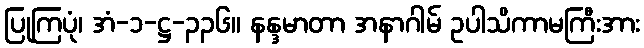
ပြုကြပုံ၊ အံ-၁-ဋ္ဌ-၃၃၆။ နန္ဒမာတာ အနာဂါမ် ဥပါသိကာမကြီးအား